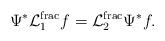
LaTeX: \begin{align*} \Psi^*\mathcal{L}_1^{\operatorname{frac}}f=\mathcal{L}_2^{\operatorname{frac}}\Psi^*f.\end{align*}